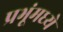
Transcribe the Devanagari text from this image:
प्रभूंमध्ये